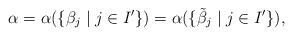
LaTeX: \begin{align*}\alpha=\alpha(\{\beta_j\mid j\in I'\})=\alpha(\{\tilde{\beta}_j\mid j\in I'\}),\end{align*}